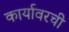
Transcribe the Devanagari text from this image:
कार्यावरची